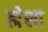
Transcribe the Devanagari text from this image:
ह्मेशा